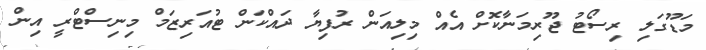
މަޑޫގަލި ރިސޯޓު ޖޫރިމަނާކޮށް އެއް މިލިއަން ރުފިޔާ ދައްކަން ޓުއަރިޒަމް މިނިސްޓްރީ އިން